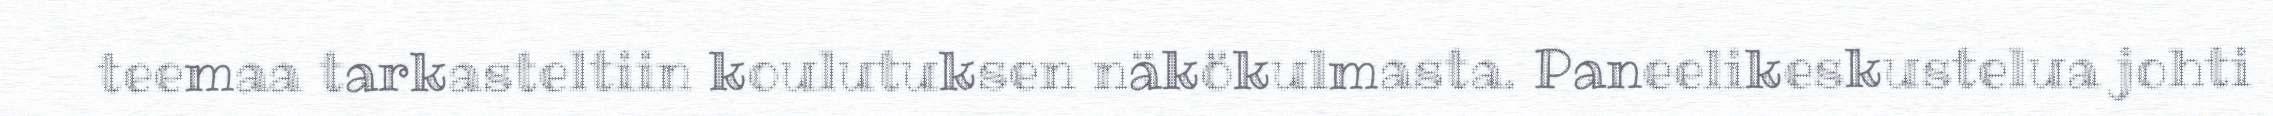
teemaa tarkasteltiin koulutuksen näkökulmasta. Paneelikeskustelua johti